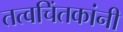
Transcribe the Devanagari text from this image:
तत्वचिंतकांनी